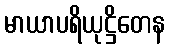
မာယာပရိယုဋ္ဌိတေန